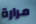
مرارة